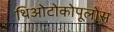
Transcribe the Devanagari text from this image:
थिओटोकोपूलोस